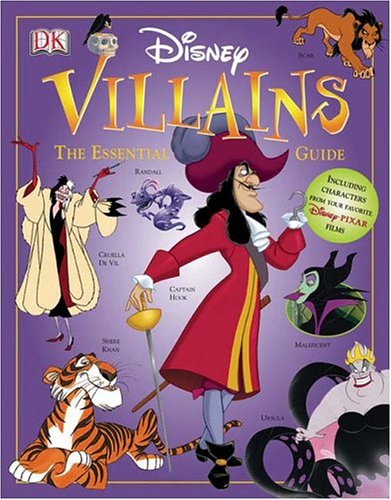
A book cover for Disney Villains: The Essential Guide (DK Essential Guides); Glenn Dakin; Children's Books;